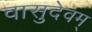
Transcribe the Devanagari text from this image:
वासुदेवम्